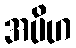
အပိဟ